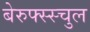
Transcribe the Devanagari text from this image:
बेरुफ्स्स्चुल